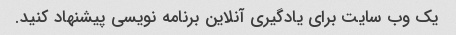
یک وب سایت برای یادگیری آنلاین برنامه نویسی پیشنهاد کنید.